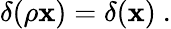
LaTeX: \delta(\rho\mathbf{x})=\delta(\mathbf{x})~.